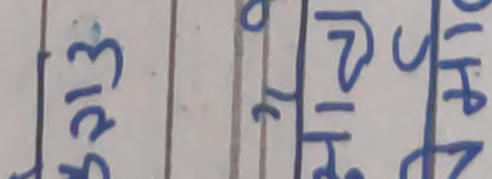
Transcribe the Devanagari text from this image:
३१६ ० त्र श्री यादे